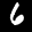
Label: 6